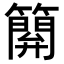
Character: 𥴥